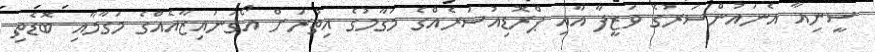
ސީނިއާ އެނައުންސަރުގެ ވަޒީފާ އާއި ޕްރޮޑިއުސަރެެއްގެ މަގާމުގެ އިތުރަށް އޯގަނައިޒާއެއްގެ މަގާމާއި ބޮޑެތި